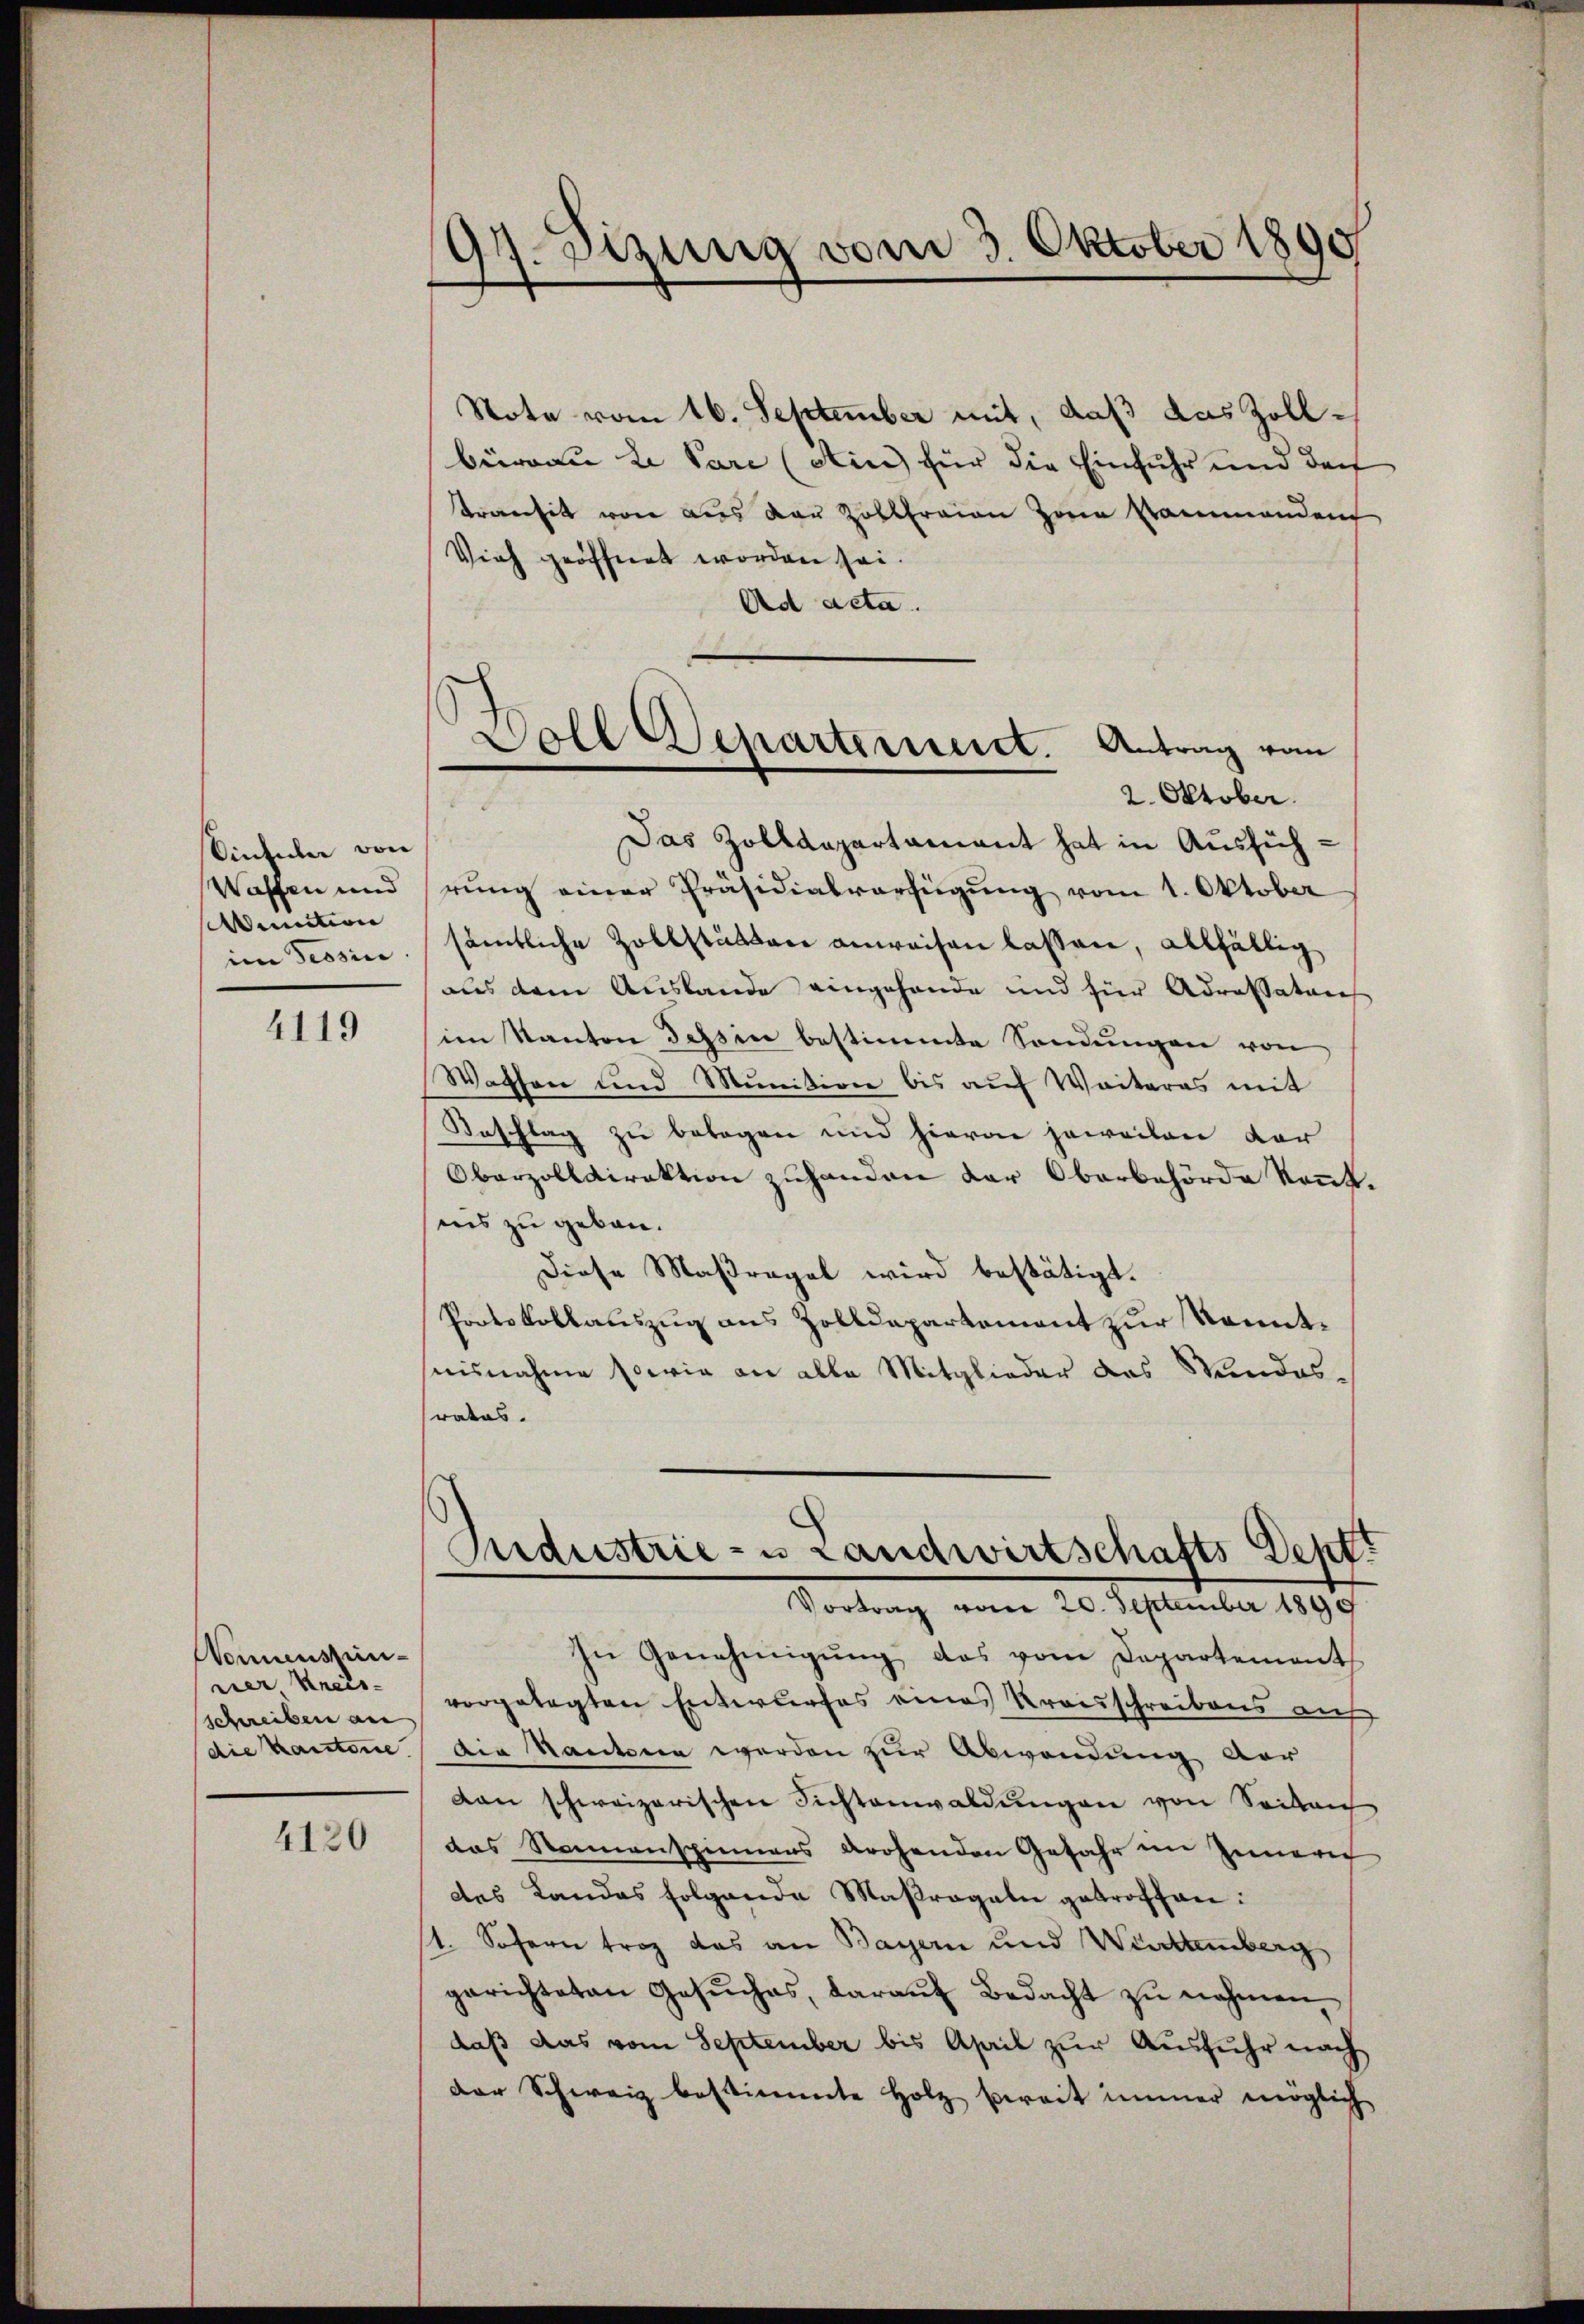
intuler von
Waffen und
Auction
im Tessin

4119

Nonuenszie-
ner Kreis-
Schreiben an
die Kantone.

4120

97. Sizung vom 3. Oktober 1890

Note vom 16. September mit, daß das Zollbüreau de Pare (din für die Einfuhr und der
Trecensit von aus Frau Zollfreien Herrn Rammenden
Vieh geöffnet worden sei.
Ad acta.
Das Zolldepartamant hat in Ausführung einer Präsidialverfügung vom 1. Oktober
sämtliche Zollstätten anweisen lassen, allfällig
aus dem Auslande eingehande und für Adressatoris
im Kanton Tessin bestimmte Sendungen von
Wassen und Munition bis auf Weiteras mit
Beschlag zu belagen und hievon jeweilen dar
Oberzolldirektion zuhanden der Oberbehörde konnt.
ins zu geben.
Diese Maßregel wird bestätigt.
Portskollauszug aus Zolldepartement zur Kenntnisnahme sowie an alle Mitglieder das Stundesrates.
Industrie- u Landwirtschafts-Dept.
Vortrag vom 20. September 1899
In Genehmigŭng das vom Departement
vorgelegten Entwurfes eines Kreisschreibens auf
die Kantone werden zur Abwendung vor
dan schweizerischen Fichtanwaldŭngen von Seiten
das Nonnenspinnens drohenden Gefahr im Inneri
des Landas folgende Maßregeln getroffen:
1. Sofern trag das an Bayern und Württemberg
gerichteten Gesŭches, daraŭf Bedacht zŭ nehmen
daß das vom September bis April zur Ausfuhr nach
der Schweiz bestimmte Holz bereit immer möglich

)
Soll Departement. Antrag vom
2. Oktober.